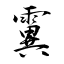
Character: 霬